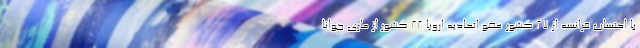
با احتساب فرانسه از ۲۷ کشور عضو اتحادیه اروپا ۲۲ کشور از ماری جوانا